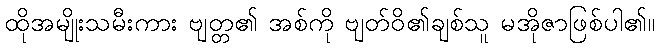
ထိုအမျိုးသမီးကား ဗျတ္တ၏ အစ်ကို ဗျတ်ဝိ၏ချစ်သူ မအိုဇာဖြစ်ပါ၏။